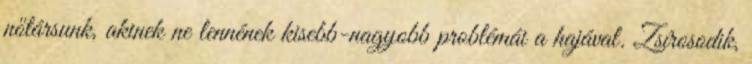
nőtársunk, akinek ne lennének kisebb-nagyobb problémái a hajával. Zsírosodik,